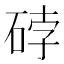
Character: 𰦼